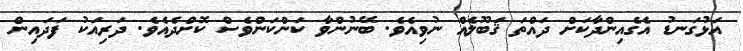
އަޅުގަނޑު އެގެއިންދާކަށް ދައްތަ ޤަބޫލެއް ނުވިއެވެ. ބޭނުންވާ ކަންކަންވެސް ކޮށްދެއެވެ. ދަރިއަކު ފަދައިން